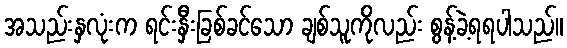
အသည်းနှလုံးက ရင်းနှီးခြစ်ခင်သော ချစ်သူကိုလည်း စွန့်ခဲ့ရရပါသည်။